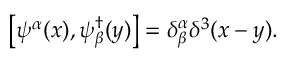
\left[ \psi ^ { \alpha } ( x ) , \psi _ { \beta } ^ { \dag } ( y ) \right] = \delta _ { \beta } ^ { \alpha } \delta ^ { 3 } ( x - y ) .